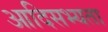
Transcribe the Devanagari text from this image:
आदिसभ्‍यता